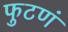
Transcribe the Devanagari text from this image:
फुटणं